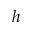
h